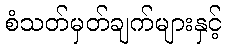
စံသတ်မှတ်ချက်များနှင့်